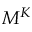
M ^ { K }